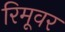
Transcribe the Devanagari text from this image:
रिमूवर